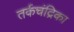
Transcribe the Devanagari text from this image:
तर्कचंद्रिका